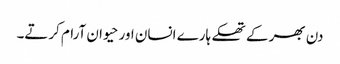
دن بھر کے تھکے ہارے انسان اور حیوان آرام کرتے۔